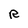
Character: R